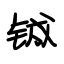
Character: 铖